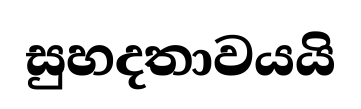
සුහදතාවයයි